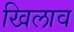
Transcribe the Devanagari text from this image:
खिलाव